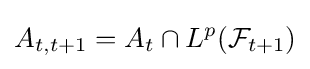
A_{t,t+1}=A_{t}\cap L^{p}({\mathcal {F}}_{t+1})